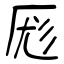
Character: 厖